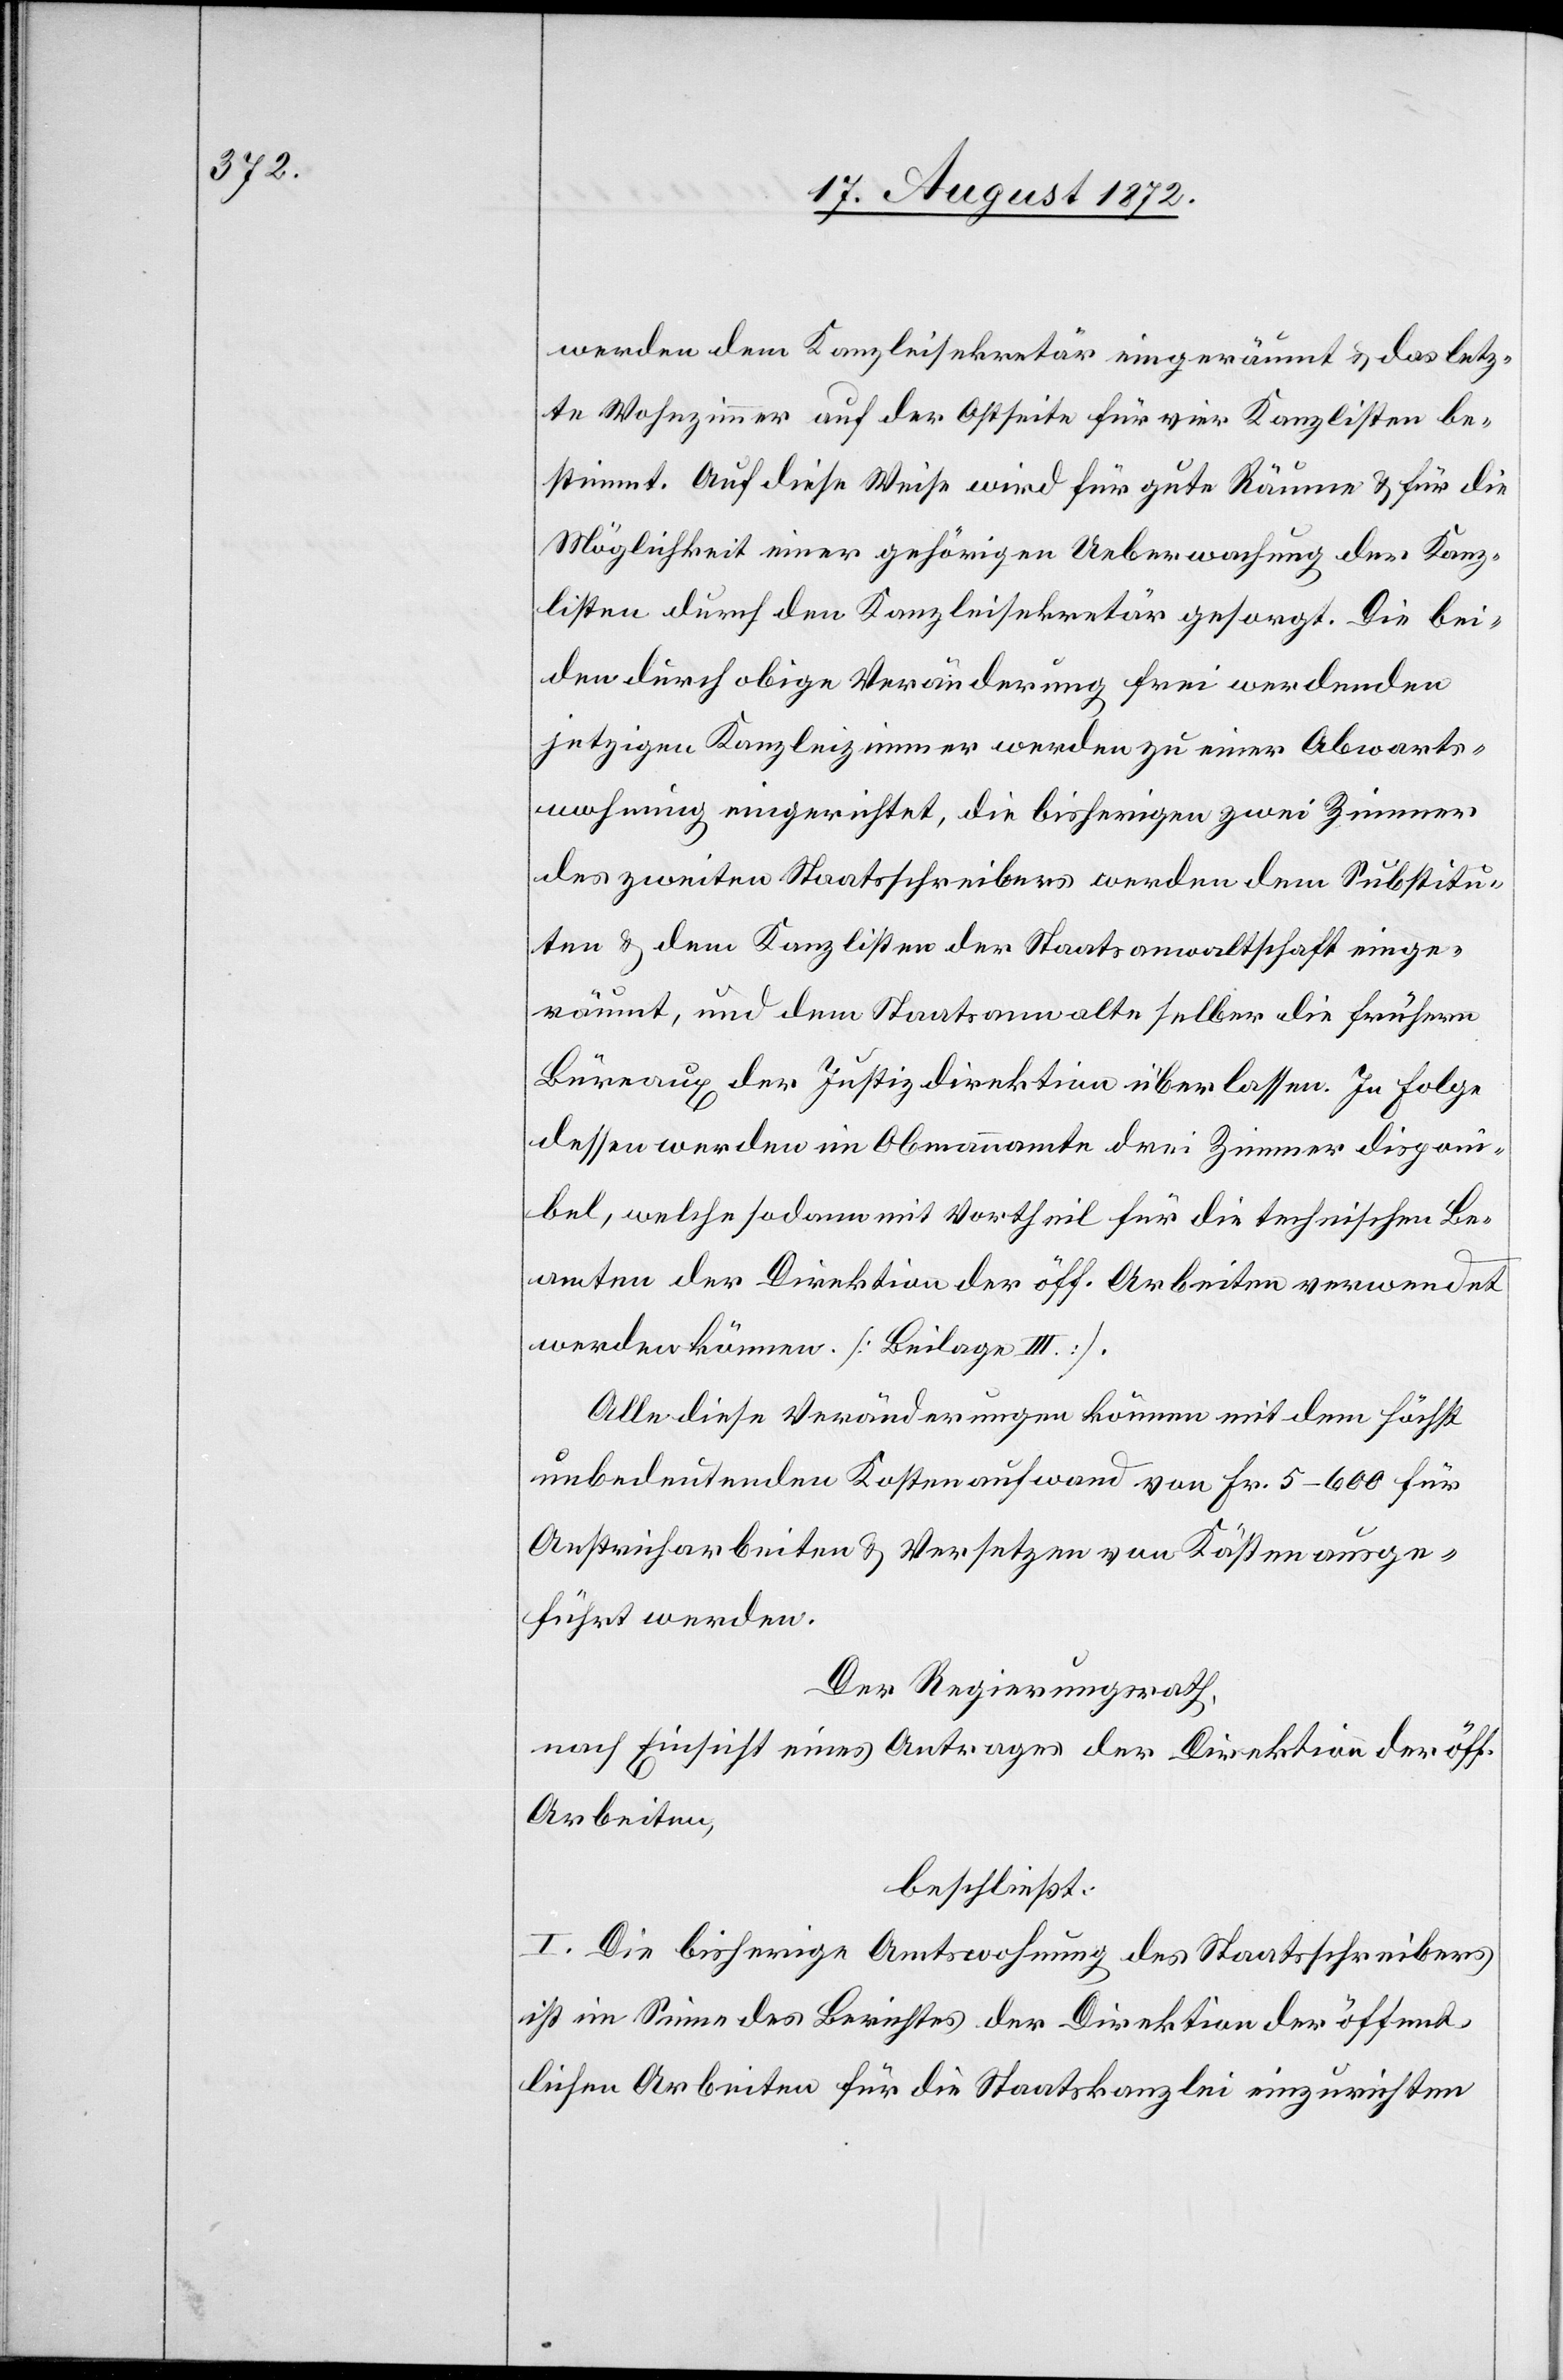
werden dem Kanzleisekretär eingeräumt u. das letz¬
te Wohnzimmer auf der Ostseite für vier Kanzlisten be¬
stimmt. Auf diese Weise wird für gute Räume u. für die
Möglichkeit einer gehörigen Ueberwachung der Kanz¬
listen durch den Kanzleisekretär gesorgt. Die bei¬
den durch obrige Veränderung frei werdenden
jetzigen Kanzleizimmer werden zu einer Abwarts¬
wohnung eingerichtet, die bisherigen zwei Zimmer
des zweiten Staatsschreibers werden dem Substitu¬
ten u. dem Kanzlisten der Staatsanwaltschaft einge¬
räumt, und dem Staatsanwalte selber die frühern
Büreaux der Justizdirektion überlassen. In Folge
dessen werden im Obmannamte drei Zimmer disponi¬
bel, welche sodann mit Vortheil für die technischen Be¬
amten der Direktion der öff. Arbeiten verwendet
werden können. [Beilage III].
Alle diese Veränderungen können mit dem höchst
unbedeutenden Kostenaufwand von Fr. 5–600 für
Anstricharbeiten u. Versetzen von Kästen ausge¬
führt werden.
Der Regierungsrath,
nach Einsicht eines Antrages der Direktion der öff.
Arbeiten,
beschließt:
I. Die bisherige Amtswohnung des Staatsschreibers
ist im Sinne des Berichtes der Direktion der öffent¬
lichen Arbeiten für die Staatskanzlei einzurichten